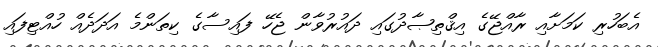
އެބަހުރި ކަމަށާއި ރާއްޖޭގެ އިޤްތިޞާދުގައި ދައުރުވާން ޖެހޭ ފައިސާގެ ކިތަންމެ އަދަދެއް ހުއްޓިފައި